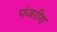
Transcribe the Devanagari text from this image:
पंजरीय